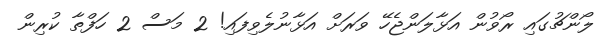
ލޯންޗުގައި ރޯވުން އަޅާލަންޖެހޭ ވަރަށް އަޅާނުލެވިފައި! 2 މަސް 2 ހަފްތާ ކުރިން